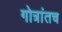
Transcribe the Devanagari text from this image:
गोत्रांतच